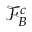
\mathcal { F } _ { B } ^ { c }